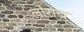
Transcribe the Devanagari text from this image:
लोराच